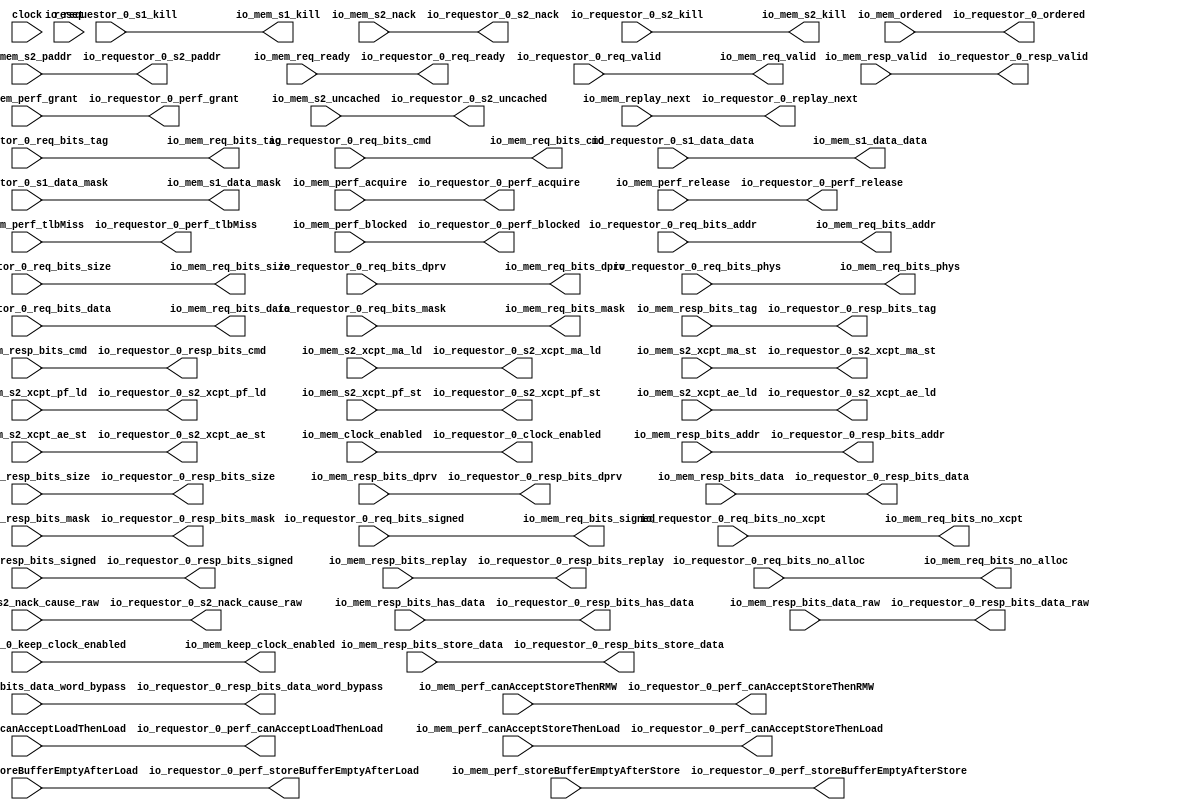
module HellaCacheArbiter(
  input         clock,
  input         reset,
  output        io_requestor_0_req_ready,
  input         io_requestor_0_req_valid,
  input  [39:0] io_requestor_0_req_bits_addr,
  input  [6:0]  io_requestor_0_req_bits_tag,
  input  [4:0]  io_requestor_0_req_bits_cmd,
  input  [1:0]  io_requestor_0_req_bits_size,
  input         io_requestor_0_req_bits_signed,
  input  [1:0]  io_requestor_0_req_bits_dprv,
  input         io_requestor_0_req_bits_phys,
  input         io_requestor_0_req_bits_no_alloc,
  input         io_requestor_0_req_bits_no_xcpt,
  input  [63:0] io_requestor_0_req_bits_data,
  input  [7:0]  io_requestor_0_req_bits_mask,
  input         io_requestor_0_s1_kill,
  input  [63:0] io_requestor_0_s1_data_data,
  input  [7:0]  io_requestor_0_s1_data_mask,
  output        io_requestor_0_s2_nack,
  output        io_requestor_0_s2_nack_cause_raw,
  input         io_requestor_0_s2_kill,
  output        io_requestor_0_s2_uncached,
  output [31:0] io_requestor_0_s2_paddr,
  output        io_requestor_0_resp_valid,
  output [39:0] io_requestor_0_resp_bits_addr,
  output [6:0]  io_requestor_0_resp_bits_tag,
  output [4:0]  io_requestor_0_resp_bits_cmd,
  output [1:0]  io_requestor_0_resp_bits_size,
  output        io_requestor_0_resp_bits_signed,
  output [1:0]  io_requestor_0_resp_bits_dprv,
  output [63:0] io_requestor_0_resp_bits_data,
  output [7:0]  io_requestor_0_resp_bits_mask,
  output        io_requestor_0_resp_bits_replay,
  output        io_requestor_0_resp_bits_has_data,
  output [63:0] io_requestor_0_resp_bits_data_word_bypass,
  output [63:0] io_requestor_0_resp_bits_data_raw,
  output [63:0] io_requestor_0_resp_bits_store_data,
  output        io_requestor_0_replay_next,
  output        io_requestor_0_s2_xcpt_ma_ld,
  output        io_requestor_0_s2_xcpt_ma_st,
  output        io_requestor_0_s2_xcpt_pf_ld,
  output        io_requestor_0_s2_xcpt_pf_st,
  output        io_requestor_0_s2_xcpt_ae_ld,
  output        io_requestor_0_s2_xcpt_ae_st,
  output        io_requestor_0_ordered,
  output        io_requestor_0_perf_acquire,
  output        io_requestor_0_perf_release,
  output        io_requestor_0_perf_grant,
  output        io_requestor_0_perf_tlbMiss,
  output        io_requestor_0_perf_blocked,
  output        io_requestor_0_perf_canAcceptStoreThenLoad,
  output        io_requestor_0_perf_canAcceptStoreThenRMW,
  output        io_requestor_0_perf_canAcceptLoadThenLoad,
  output        io_requestor_0_perf_storeBufferEmptyAfterLoad,
  output        io_requestor_0_perf_storeBufferEmptyAfterStore,
  input         io_requestor_0_keep_clock_enabled,
  output        io_requestor_0_clock_enabled,
  input         io_mem_req_ready,
  output        io_mem_req_valid,
  output [39:0] io_mem_req_bits_addr,
  output [6:0]  io_mem_req_bits_tag,
  output [4:0]  io_mem_req_bits_cmd,
  output [1:0]  io_mem_req_bits_size,
  output        io_mem_req_bits_signed,
  output [1:0]  io_mem_req_bits_dprv,
  output        io_mem_req_bits_phys,
  output        io_mem_req_bits_no_alloc,
  output        io_mem_req_bits_no_xcpt,
  output [63:0] io_mem_req_bits_data,
  output [7:0]  io_mem_req_bits_mask,
  output        io_mem_s1_kill,
  output [63:0] io_mem_s1_data_data,
  output [7:0]  io_mem_s1_data_mask,
  input         io_mem_s2_nack,
  input         io_mem_s2_nack_cause_raw,
  output        io_mem_s2_kill,
  input         io_mem_s2_uncached,
  input  [31:0] io_mem_s2_paddr,
  input         io_mem_resp_valid,
  input  [39:0] io_mem_resp_bits_addr,
  input  [6:0]  io_mem_resp_bits_tag,
  input  [4:0]  io_mem_resp_bits_cmd,
  input  [1:0]  io_mem_resp_bits_size,
  input         io_mem_resp_bits_signed,
  input  [1:0]  io_mem_resp_bits_dprv,
  input  [63:0] io_mem_resp_bits_data,
  input  [7:0]  io_mem_resp_bits_mask,
  input         io_mem_resp_bits_replay,
  input         io_mem_resp_bits_has_data,
  input  [63:0] io_mem_resp_bits_data_word_bypass,
  input  [63:0] io_mem_resp_bits_data_raw,
  input  [63:0] io_mem_resp_bits_store_data,
  input         io_mem_replay_next,
  input         io_mem_s2_xcpt_ma_ld,
  input         io_mem_s2_xcpt_ma_st,
  input         io_mem_s2_xcpt_pf_ld,
  input         io_mem_s2_xcpt_pf_st,
  input         io_mem_s2_xcpt_ae_ld,
  input         io_mem_s2_xcpt_ae_st,
  input         io_mem_ordered,
  input         io_mem_perf_acquire,
  input         io_mem_perf_release,
  input         io_mem_perf_grant,
  input         io_mem_perf_tlbMiss,
  input         io_mem_perf_blocked,
  input         io_mem_perf_canAcceptStoreThenLoad,
  input         io_mem_perf_canAcceptStoreThenRMW,
  input         io_mem_perf_canAcceptLoadThenLoad,
  input         io_mem_perf_storeBufferEmptyAfterLoad,
  input         io_mem_perf_storeBufferEmptyAfterStore,
  output        io_mem_keep_clock_enabled,
  input         io_mem_clock_enabled
);
  assign io_requestor_0_req_ready = io_mem_req_ready; // @[HellaCacheArbiter.scala 17:12]
  assign io_requestor_0_s2_nack = io_mem_s2_nack; // @[HellaCacheArbiter.scala 17:12]
  assign io_requestor_0_s2_nack_cause_raw = io_mem_s2_nack_cause_raw; // @[HellaCacheArbiter.scala 17:12]
  assign io_requestor_0_s2_uncached = io_mem_s2_uncached; // @[HellaCacheArbiter.scala 17:12]
  assign io_requestor_0_s2_paddr = io_mem_s2_paddr; // @[HellaCacheArbiter.scala 17:12]
  assign io_requestor_0_resp_valid = io_mem_resp_valid; // @[HellaCacheArbiter.scala 17:12]
  assign io_requestor_0_resp_bits_addr = io_mem_resp_bits_addr; // @[HellaCacheArbiter.scala 17:12]
  assign io_requestor_0_resp_bits_tag = io_mem_resp_bits_tag; // @[HellaCacheArbiter.scala 17:12]
  assign io_requestor_0_resp_bits_cmd = io_mem_resp_bits_cmd; // @[HellaCacheArbiter.scala 17:12]
  assign io_requestor_0_resp_bits_size = io_mem_resp_bits_size; // @[HellaCacheArbiter.scala 17:12]
  assign io_requestor_0_resp_bits_signed = io_mem_resp_bits_signed; // @[HellaCacheArbiter.scala 17:12]
  assign io_requestor_0_resp_bits_dprv = io_mem_resp_bits_dprv; // @[HellaCacheArbiter.scala 17:12]
  assign io_requestor_0_resp_bits_data = io_mem_resp_bits_data; // @[HellaCacheArbiter.scala 17:12]
  assign io_requestor_0_resp_bits_mask = io_mem_resp_bits_mask; // @[HellaCacheArbiter.scala 17:12]
  assign io_requestor_0_resp_bits_replay = io_mem_resp_bits_replay; // @[HellaCacheArbiter.scala 17:12]
  assign io_requestor_0_resp_bits_has_data = io_mem_resp_bits_has_data; // @[HellaCacheArbiter.scala 17:12]
  assign io_requestor_0_resp_bits_data_word_bypass = io_mem_resp_bits_data_word_bypass; // @[HellaCacheArbiter.scala 17:12]
  assign io_requestor_0_resp_bits_data_raw = io_mem_resp_bits_data_raw; // @[HellaCacheArbiter.scala 17:12]
  assign io_requestor_0_resp_bits_store_data = io_mem_resp_bits_store_data; // @[HellaCacheArbiter.scala 17:12]
  assign io_requestor_0_replay_next = io_mem_replay_next; // @[HellaCacheArbiter.scala 17:12]
  assign io_requestor_0_s2_xcpt_ma_ld = io_mem_s2_xcpt_ma_ld; // @[HellaCacheArbiter.scala 17:12]
  assign io_requestor_0_s2_xcpt_ma_st = io_mem_s2_xcpt_ma_st; // @[HellaCacheArbiter.scala 17:12]
  assign io_requestor_0_s2_xcpt_pf_ld = io_mem_s2_xcpt_pf_ld; // @[HellaCacheArbiter.scala 17:12]
  assign io_requestor_0_s2_xcpt_pf_st = io_mem_s2_xcpt_pf_st; // @[HellaCacheArbiter.scala 17:12]
  assign io_requestor_0_s2_xcpt_ae_ld = io_mem_s2_xcpt_ae_ld; // @[HellaCacheArbiter.scala 17:12]
  assign io_requestor_0_s2_xcpt_ae_st = io_mem_s2_xcpt_ae_st; // @[HellaCacheArbiter.scala 17:12]
  assign io_requestor_0_ordered = io_mem_ordered; // @[HellaCacheArbiter.scala 17:12]
  assign io_requestor_0_perf_acquire = io_mem_perf_acquire; // @[HellaCacheArbiter.scala 17:12]
  assign io_requestor_0_perf_release = io_mem_perf_release; // @[HellaCacheArbiter.scala 17:12]
  assign io_requestor_0_perf_grant = io_mem_perf_grant; // @[HellaCacheArbiter.scala 17:12]
  assign io_requestor_0_perf_tlbMiss = io_mem_perf_tlbMiss; // @[HellaCacheArbiter.scala 17:12]
  assign io_requestor_0_perf_blocked = io_mem_perf_blocked; // @[HellaCacheArbiter.scala 17:12]
  assign io_requestor_0_perf_canAcceptStoreThenLoad = io_mem_perf_canAcceptStoreThenLoad; // @[HellaCacheArbiter.scala 17:12]
  assign io_requestor_0_perf_canAcceptStoreThenRMW = io_mem_perf_canAcceptStoreThenRMW; // @[HellaCacheArbiter.scala 17:12]
  assign io_requestor_0_perf_canAcceptLoadThenLoad = io_mem_perf_canAcceptLoadThenLoad; // @[HellaCacheArbiter.scala 17:12]
  assign io_requestor_0_perf_storeBufferEmptyAfterLoad = io_mem_perf_storeBufferEmptyAfterLoad; // @[HellaCacheArbiter.scala 17:12]
  assign io_requestor_0_perf_storeBufferEmptyAfterStore = io_mem_perf_storeBufferEmptyAfterStore; // @[HellaCacheArbiter.scala 17:12]
  assign io_requestor_0_clock_enabled = io_mem_clock_enabled; // @[HellaCacheArbiter.scala 17:12]
  assign io_mem_req_valid = io_requestor_0_req_valid; // @[HellaCacheArbiter.scala 17:12]
  assign io_mem_req_bits_addr = io_requestor_0_req_bits_addr; // @[HellaCacheArbiter.scala 17:12]
  assign io_mem_req_bits_tag = io_requestor_0_req_bits_tag; // @[HellaCacheArbiter.scala 17:12]
  assign io_mem_req_bits_cmd = io_requestor_0_req_bits_cmd; // @[HellaCacheArbiter.scala 17:12]
  assign io_mem_req_bits_size = io_requestor_0_req_bits_size; // @[HellaCacheArbiter.scala 17:12]
  assign io_mem_req_bits_signed = io_requestor_0_req_bits_signed; // @[HellaCacheArbiter.scala 17:12]
  assign io_mem_req_bits_dprv = io_requestor_0_req_bits_dprv; // @[HellaCacheArbiter.scala 17:12]
  assign io_mem_req_bits_phys = io_requestor_0_req_bits_phys; // @[HellaCacheArbiter.scala 17:12]
  assign io_mem_req_bits_no_alloc = io_requestor_0_req_bits_no_alloc; // @[HellaCacheArbiter.scala 17:12]
  assign io_mem_req_bits_no_xcpt = io_requestor_0_req_bits_no_xcpt; // @[HellaCacheArbiter.scala 17:12]
  assign io_mem_req_bits_data = io_requestor_0_req_bits_data; // @[HellaCacheArbiter.scala 17:12]
  assign io_mem_req_bits_mask = io_requestor_0_req_bits_mask; // @[HellaCacheArbiter.scala 17:12]
  assign io_mem_s1_kill = io_requestor_0_s1_kill; // @[HellaCacheArbiter.scala 17:12]
  assign io_mem_s1_data_data = io_requestor_0_s1_data_data; // @[HellaCacheArbiter.scala 17:12]
  assign io_mem_s1_data_mask = io_requestor_0_s1_data_mask; // @[HellaCacheArbiter.scala 17:12]
  assign io_mem_s2_kill = io_requestor_0_s2_kill; // @[HellaCacheArbiter.scala 17:12]
  assign io_mem_keep_clock_enabled = io_requestor_0_keep_clock_enabled; // @[HellaCacheArbiter.scala 17:12]
endmodule